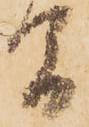
間